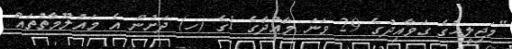
"މަޖިލީހުގެ ގަވާއިދުގެ 29 ވަނަ މާއްދާގެ 1ގެ (ހ) ދަށުން އެ މައުލޫމާތުތައް